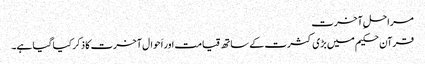
مراحلِ آخرت
قرآن حکیم میں بڑی کثرت کے ساتھ قیامت اور اَحوال آخرت کا ذکر کیا گیا ہے۔